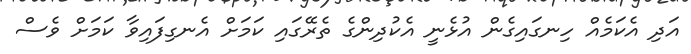
އަދި އެކަމެއް ހިނގައިގެން އުޅެނީ އެކުދިންގެ ތެރޭގައި ކަަމަށް އެނގިފައިވާ ކަމަށް ވެސް